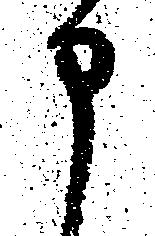
申